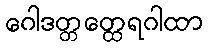
ဂေါဒတ္တတ္ထေရဂါထာ